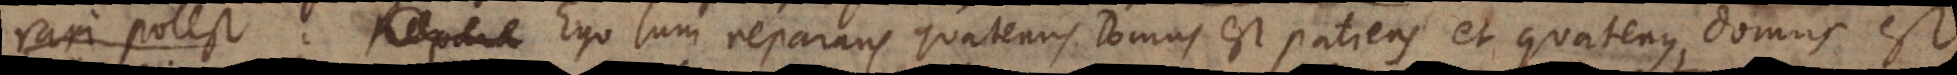
test. Repara Ego sum reparans quatenus Domus est patiens et quatenus domus est